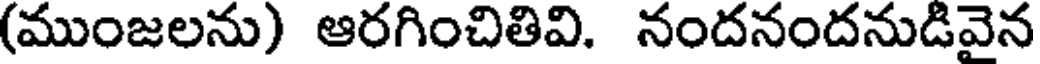
(ముంజలను) ఆరగించితివి. నందనందనుడివైన